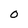
Character: 0